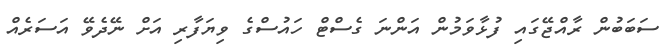
ސަބަބުން ރާއްޖޭގައި ފުޅާވަމުން އަންނަ ގެސްޓް ހައުސްގެ ވިޔަފާރި އަށް ނޭދެވޭ އަސަރެއް